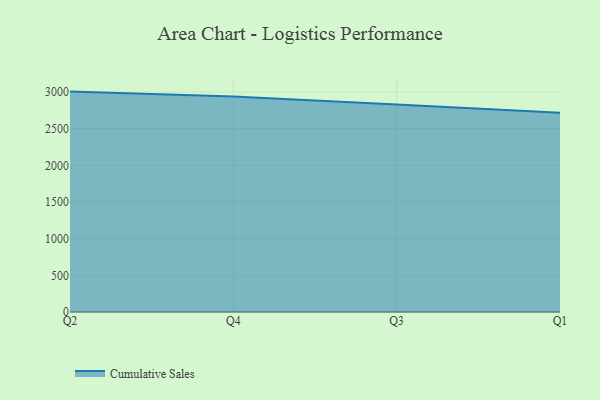
{"axis": {"x": "Quarter", "y": "Bounce Rate (%)"}, "legend": ["Cumulative Sales"], "data": [{"x": "Q2", "y": 3005.4, "type": "Cumulative Sales"}, {"x": "Q4", "y": 2937.3, "type": "Cumulative Sales"}, {"x": "Q3", "y": 2829.2, "type": "Cumulative Sales"}, {"x": "Q1", "y": 2716.3, "type": "Cumulative Sales"}]}